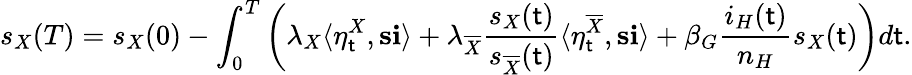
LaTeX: s_{X}(T)=s_{X}(0)-\int_{0}^{T}\left(\lambda_{X}\langle\eta_{\mathsf{t}}^{X},\mathbf{{s}}\mathbf{{i}}\rangle+\lambda_{\overline{{{X}}}}\frac{{s_{X}(\mathsf{t})}}{{s_{\overline{{{X}}}}(\mathsf{t})}}\langle\eta_{\mathsf{t}}^{\overline{{{X}}}},\mathbf{{s}}\mathbf{{i}}\rangle+\beta_{G}\frac{{i_{H}(\mathsf{t})}}{{n_{H}}}s_{X}(\mathsf{t})\right)d\mathsf{t}.